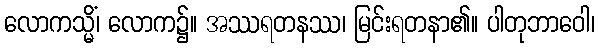
လောကသ္မိံ၊ လောက၌။ အဿရတနဿ၊ မြင်းရတနာ၏။ ပါတုဘာဝေါ၊